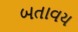
બતાવય